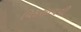
વિકસાવવી